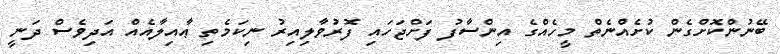
ބޭނުންކޮށްގެން ކުށެއްނެތް މީހެއްގެ އިންސާފު ފަށްޖަހައި ފޮރުވާލިއިރު ނިކަމެތި ޢާއިލާއެއް އަދިވެސް ދަނީ